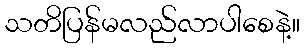
သတိပြန်မလည်လာပါစေနဲ့။